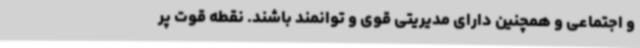
و اجتماعی و همچنین دارای مدیریتی قوی و توانمند باشند. نقطه قوت پر